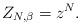
LaTeX: \begin{align*} {Z}_{N, \beta} = z^{N}.\end{align*}